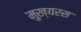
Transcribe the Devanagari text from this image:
मुख्यरस